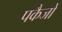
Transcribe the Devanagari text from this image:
पकैजों